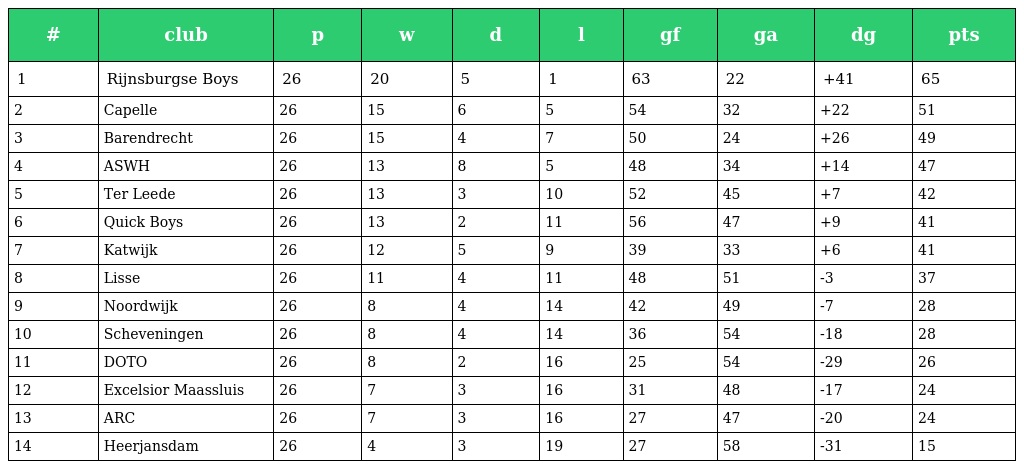
| # | club | p | w | d | l | gf | ga | dg | pts |
 | --- | --- | --- | --- | --- | --- | --- | --- | --- | --- |
 | 1 | Rijnsburgse Boys | 26 | 20 | 5 | 1 | 63 | 22 | +41 | 65 |
 | 2 | Capelle | 26 | 15 | 6 | 5 | 54 | 32 | +22 | 51 |
 | 3 | Barendrecht | 26 | 15 | 4 | 7 | 50 | 24 | +26 | 49 |
 | 4 | ASWH | 26 | 13 | 8 | 5 | 48 | 34 | +14 | 47 |
 | 5 | Ter Leede | 26 | 13 | 3 | 10 | 52 | 45 | +7 | 42 |
 | 6 | Quick Boys | 26 | 13 | 2 | 11 | 56 | 47 | +9 | 41 |
 | 7 | Katwijk | 26 | 12 | 5 | 9 | 39 | 33 | +6 | 41 |
 | 8 | Lisse | 26 | 11 | 4 | 11 | 48 | 51 | -3 | 37 |
 | 9 | Noordwijk | 26 | 8 | 4 | 14 | 42 | 49 | -7 | 28 |
 | 10 | Scheveningen | 26 | 8 | 4 | 14 | 36 | 54 | -18 | 28 |
 | 11 | DOTO | 26 | 8 | 2 | 16 | 25 | 54 | -29 | 26 |
 | 12 | Excelsior Maassluis | 26 | 7 | 3 | 16 | 31 | 48 | -17 | 24 |
 | 13 | ARC | 26 | 7 | 3 | 16 | 27 | 47 | -20 | 24 |
 | 14 | Heerjansdam | 26 | 4 | 3 | 19 | 27 | 58 | -31 | 15 |